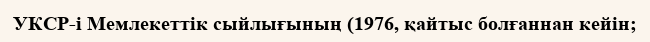
УКСР-і Мемлекеттік сыйлығының (1976, қайтыс болғаннан кейін;